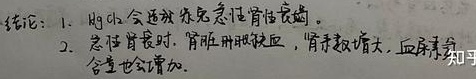
结论：1.  呕吐会诱发急性肾衰竭。2. 急性肾衰时，肾脏肿胀缺血，肾实质增大，血尿素氮含量也会增加。